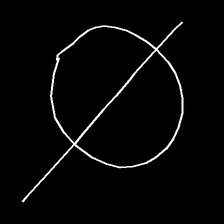
Glyph: orb